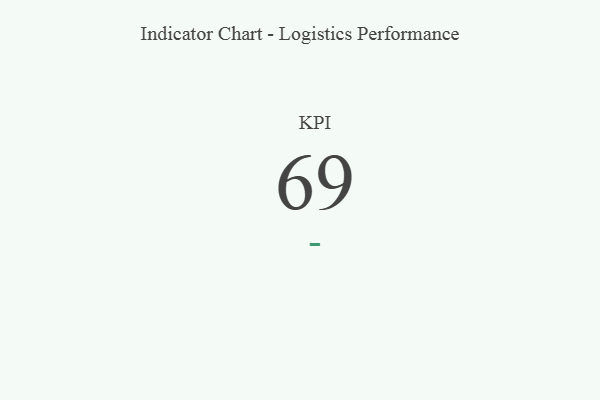
{"axis": {"x": "KPI", "y": "Value"}, "legend": [""], "data": [{"x": "KPI", "y": 69, "type": ""}]}